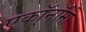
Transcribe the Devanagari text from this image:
एकॉनॉमी